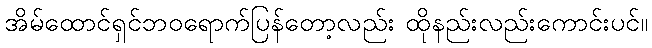
အိမ်ထောင်ရှင်ဘဝရောက်ပြန်တော့လည်း ထိုနည်းလည်းကောင်းပင်။